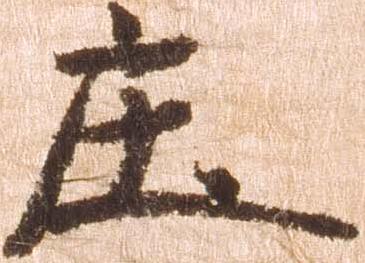
庄